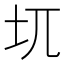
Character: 𱖈